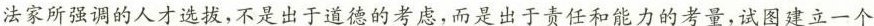
法家所强调的人才选拔，不是出于道德的考虑，而是出于责任和能力的考量，试图建立一个